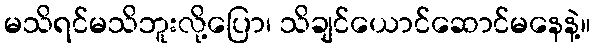
မသိရင်မသိဘူးလို့ပြော၊ သိချင်ယောင်ဆောင်မနေနဲ့။